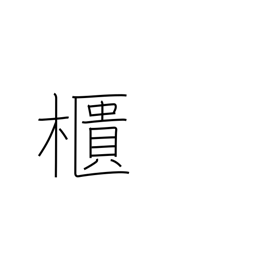
Meaning: chest